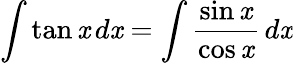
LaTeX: \int\tan\mathit{x}\, d\mathit{x}=\int{\frac{{\sin\mathit{x}}}{{\cos\mathit{x}}}}\, d\mathit{x}